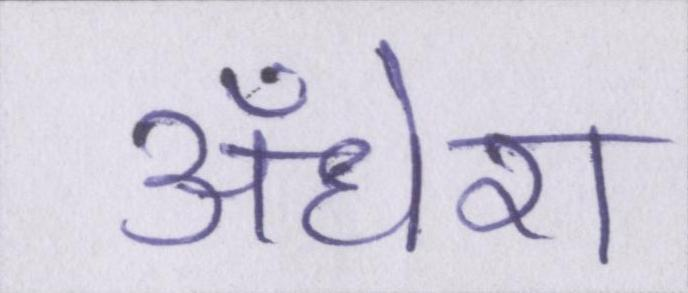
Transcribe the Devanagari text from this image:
अँधेरा